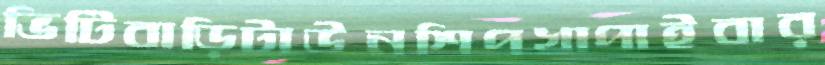
ভিটিবাড়িটাউনশিপখাপাইবার